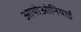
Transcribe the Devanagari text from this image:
आयोओनियाई